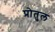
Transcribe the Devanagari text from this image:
प्रोतुल